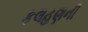
કલહણની